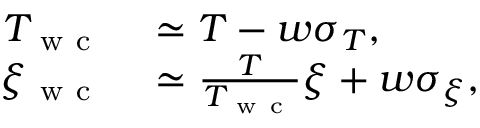
\begin{array} { r l } { T _ { \mathrm { ~ w ~ c ~ } } } & { { } \simeq T - w \sigma _ { T } , } \\ { \xi _ { \mathrm { ~ w ~ c ~ } } } & { { } \simeq \frac { T } { T _ { \mathrm { ~ w ~ c ~ } } } \xi + w \sigma _ { \xi } , } \end{array}